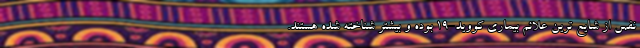
نفس از شایع ترین علائم بیماری کووید-۱۹ بوده و بیشتر شناخته شده هستند.